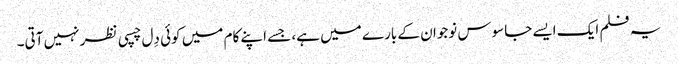
یہ فلم ایک ایسے جاسوس نوجوان کے بارے میں ہے، جسے اپنے کام میں کوئی دِل چسپی نظر نہیں آتی۔